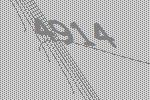
4914